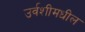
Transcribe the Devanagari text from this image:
उर्वशीमधील